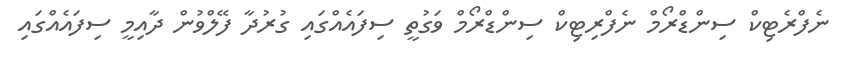
ނެފްރެޓިކް ސިންޑްރޯމް ނެފްރިޓިކް ސިންޑްރޯމް ވަގުތީ ސިފައެއްގައި ގުރުދާ ފޭލްވުން ދާއިމީ ސިފައެއްގައި